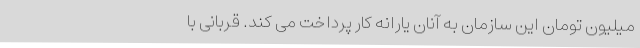
میلیون تومان این سازمان به آنان یارانه کار پرداخت می کند. قربانی با